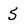
Character: 5